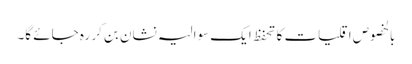
بالخصوص اقلیات کا تحفظ ایک سوالیہ نشان بن کر رہ جائے گا۔